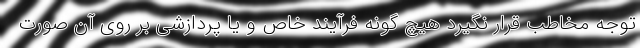
توجه مخاطب قرار نگیرد هیچ گونه فرآیند خاص و یا پردازشی بر روی آن صورت